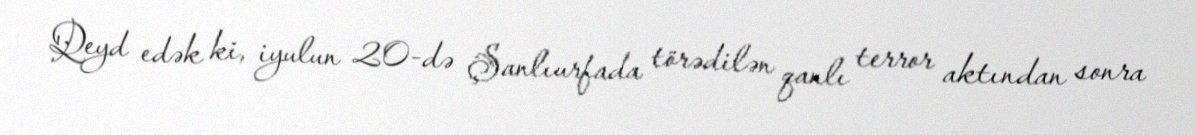
Qeyd edək ki, iyulun 20-də Şanlıurfada törədilən qanlı terror aktından sonra